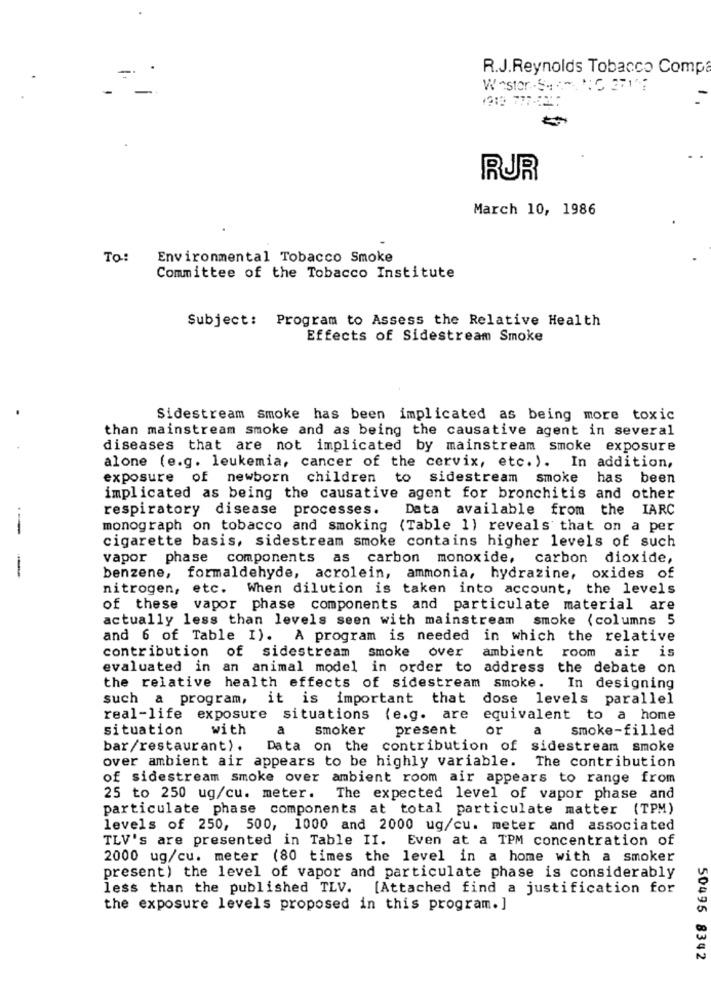
R.J.Reynolds Tobacco Compa
RUR
March 10, 1986
To:
Environmental Tobacco Smoke
Committee of the Tobacco Institute
Subject: Program to Assess the Relative Health
Effects of Sidestream Smoke
Sidestream smoke has been implicated as being more toxic
than mainstream smoke and as being the causative agent in several
diseases that are not implicated by mainstream smoke exposure
alone (e.g. leukemia, cancer of the cervix, etc. ). In addition,
exposure of newborn
children
to sidestream smoke
has been
implicated as being the causative agent for bronchitis and other
respiratory disease processes.
Data available from the IARC
--
monograph on tobacco and smoking (Table 1) reveals that on a per
cigarette basis, sidestream smoke contains higher levels of such
vapor phase components as carbon monoxide, carbon dioxide,
-
benzene, formaldehyde, acrolein, ammonia, hydrazine, oxides of
nitrogen, etc. When dilution is taken into account, the levels
of these vapor phase components and particulate material are
actually less than levels seen with mainstream smoke (columns 5
and 6 of Table I). A program is needed in which the relative
contribution of sidestream smoke over ambient room air
is
evaluated in an animal model in order to address the debate on
the relative health effects of sidestream smoke.
In designing
such a program, it is
important that dose levels parallel
real-life exposure situations (e.g. are
equivalent to a home
situation
with
a
smoker
present
or
a
smoke-filled
bar/restaurant). Data on the contribution of sidestream smoke
over ambient air appears to be highly variable.
The contribution
of sidestream smoke over ambient room air appears to range from
25 to 250 ug/cu. meter. The expected level of vapor phase and
particulate phase components at total particulate matter (TPM)
levels of 250, 500, 1000 and 2000 ug/cu. meter and associated
TLV's are presented in Table II. Even at a TPM concentration of
2000 ug/cu. meter (80 times the level in a home with a smoker
present) the level of vapor and particulate phase is considerably
less than the published TLV. [Attached find a justification for
the exposure levels proposed in this program. ]
50495 8342